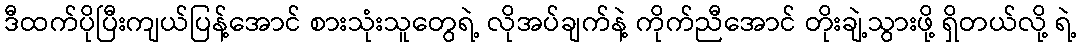
ဒီထက်ပိုပြီးကျယ်ပြန့်အောင် စားသုံးသူတွေရဲ့ လိုအပ်ချက်နဲ့ ကိုက်ညီအောင် တိုးချဲ့သွားဖို့ ရှိတယ်လို့ ရဲ့